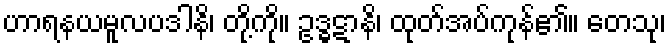
ဟာရနယမူလပဒါနိ၊ တို့ကို။ ဥဒ္ဓဋာနိ၊ ထုတ်အပ်ကုန်၏။ တေသု၊